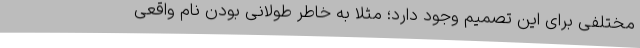
مختلفی برای این تصمیم وجود دارد؛ مثلاً به خاطر طولانی بودن نام واقعی